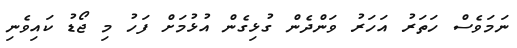
ނަމަވެސް ހަތަރު އަހަރު ވަންދެން ގުޅިގެން އުޅުމަށް ފަހު މި ޖޯޑު ކައިވެނި